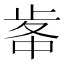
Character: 𣥷